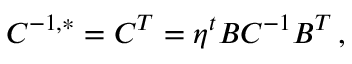
{ \cal C } ^ { - 1 , * } = { \cal C } ^ { T } = \eta ^ { t } B { \cal C } ^ { - 1 } B ^ { T } \, ,